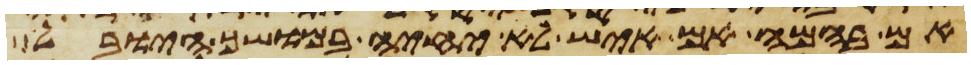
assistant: אם בהמה אם איש לא יחיה במושך היובל